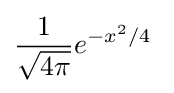
{\frac {1}{\sqrt {4\pi }}}e^{-x^{2}/4}~